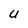
Character: u